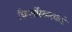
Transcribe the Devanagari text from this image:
किर्लोस्करकडे